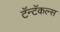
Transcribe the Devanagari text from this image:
टॅन्टॅकल्स